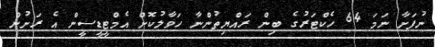
ނުފަށާ ނަމަ 64 ހެކްޓަރުގެ ބިން ރައްޔިތުންނާ ހަވާލުކޮށް އެމްޓީޑީސީން އެ ރަށުން